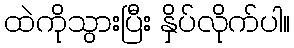
ထဲကိုသွားပြီး နှိပ်လိုက်ပါ။